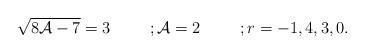
LaTeX: \begin{align*}\sqrt{8{\cal A}-7}=3\hspace{1cm};{\cal A}=2\hspace{1cm};r=-1,4,3,0.\end{align*}